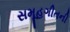
સમૂહગીતની